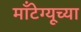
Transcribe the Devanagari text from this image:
माँटेग्यूच्या